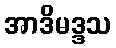
အာဒိမဒ္ဒသ